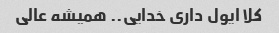
کلا ایول داری خدایی.. همیشه عالی